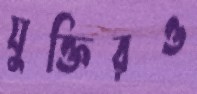
যুক্তিরও